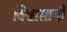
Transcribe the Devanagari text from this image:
विश्वासाचीं